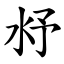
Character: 沀